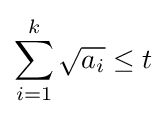
\sum _{i=1}^{k}{\sqrt {a_{i}}}\leq t